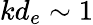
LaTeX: kd_{e}\sim 1